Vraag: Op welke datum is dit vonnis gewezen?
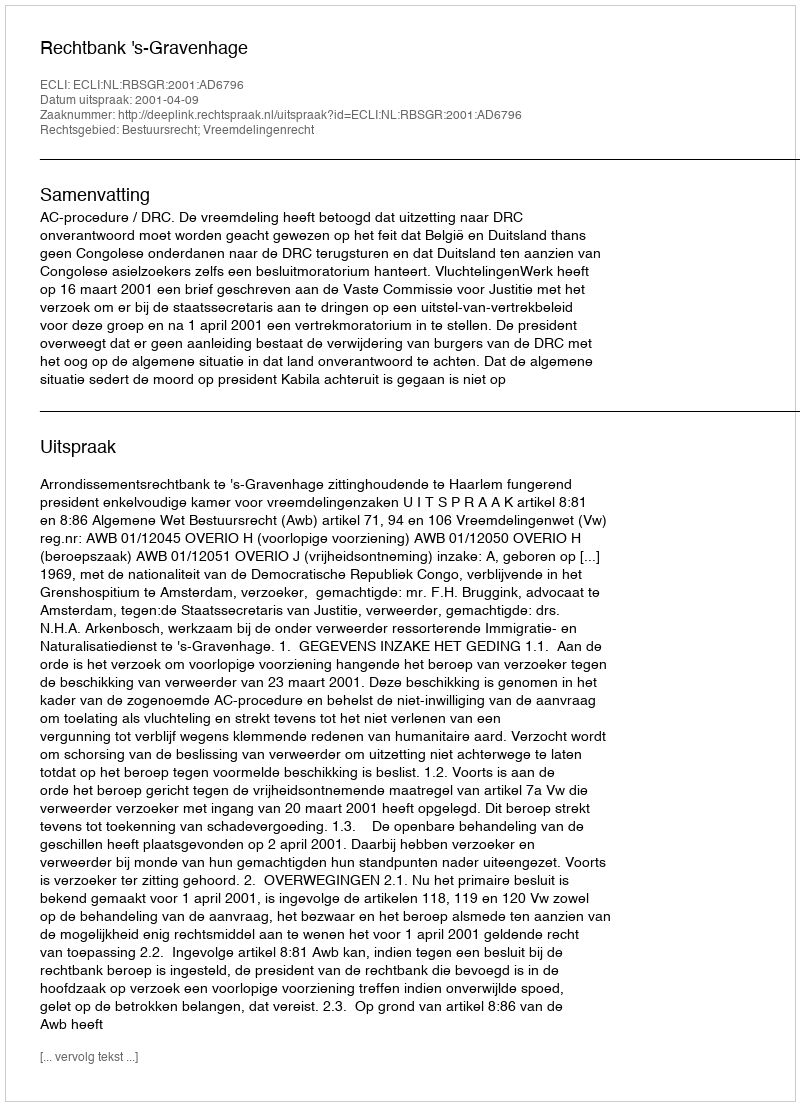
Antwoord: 2001-04-09